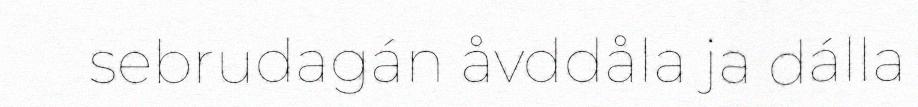
sebrudagán åvddåla ja dálla